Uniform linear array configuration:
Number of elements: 48
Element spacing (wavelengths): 0.75
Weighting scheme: hann
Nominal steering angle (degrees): -45
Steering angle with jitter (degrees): -45.58
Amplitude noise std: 0.05
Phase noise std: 0.05

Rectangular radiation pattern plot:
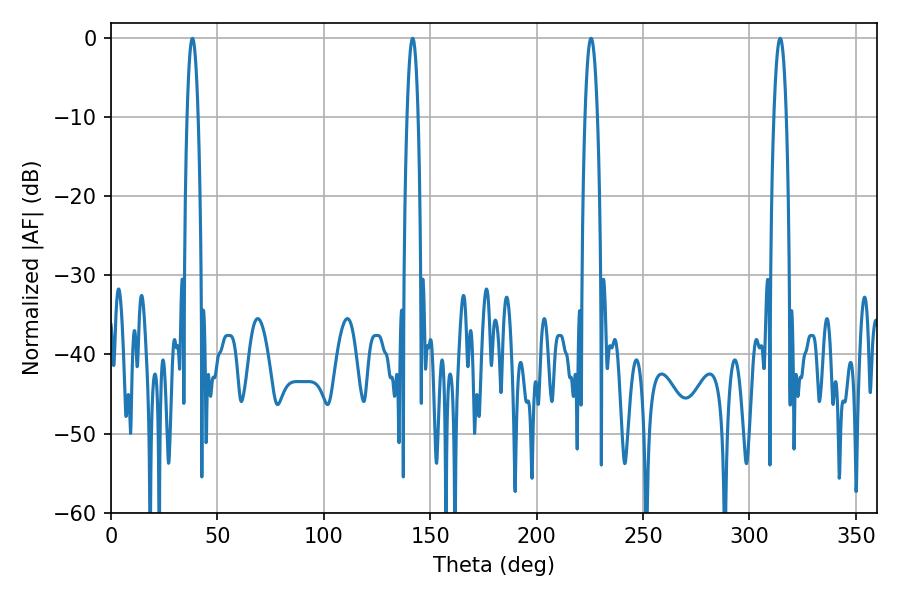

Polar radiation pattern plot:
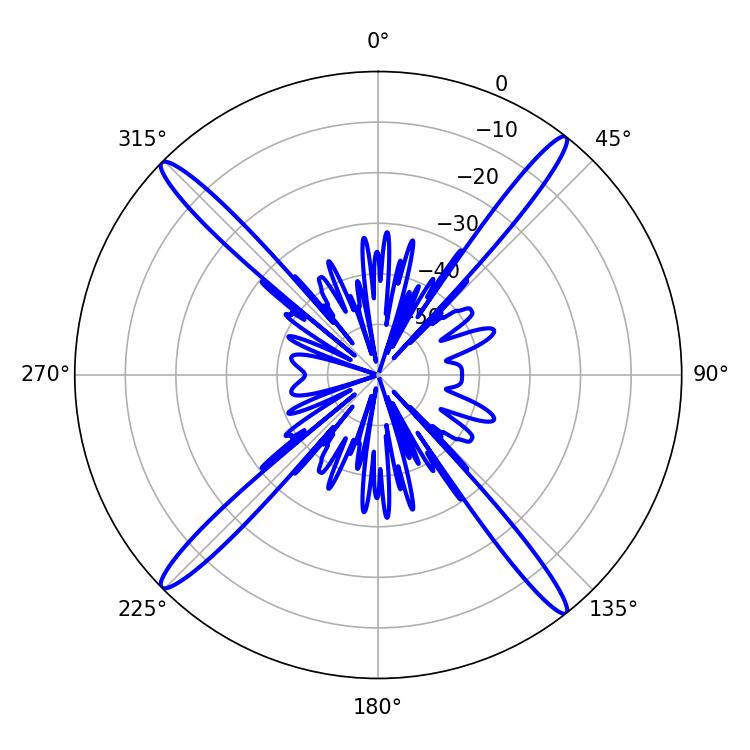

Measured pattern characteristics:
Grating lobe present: TRUE
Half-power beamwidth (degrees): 3.24
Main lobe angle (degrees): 225.54